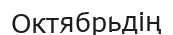
Октябрьдің